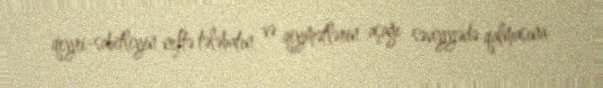
qeyri-sabitliyin neftə tələbatın və qiymətlərin aşağı səviyyədə qalmasına